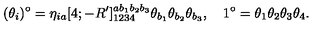
( \theta _ { i } ) ^ { \circ } = \eta _ { i a } [ 4 ; - R ^ { \prime } ] _ { 1 2 3 4 } ^ { a b _ { 1 } b _ { 2 } b _ { 3 } } \theta _ { b _ { 1 } } \theta _ { b _ { 2 } } \theta _ { b _ { 3 } } , \quad 1 ^ { \circ } = \theta _ { 1 } \theta _ { 2 } \theta _ { 3 } \theta _ { 4 } .